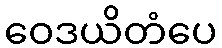
ဝေဒယိတံပေ